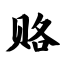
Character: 赂